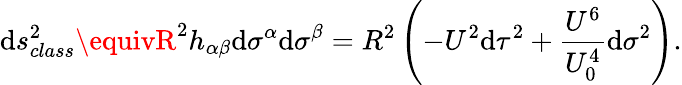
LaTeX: \mathrm{d}s_{class}^{2}\equivR^{2}h_{\alpha\beta}\mathrm{d}\sigma^{\alpha}\mathrm{d}\sigma^{\beta}=R^{2}\left(-U^{2}\mathrm{d}\tau^{2}+\frac{{U^{6}}}{{U_{0}^{4}}}\mathrm{d}\sigma^{2}\right).